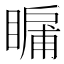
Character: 𭿛